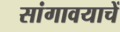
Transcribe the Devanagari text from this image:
सांगावयाचें